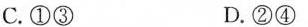
C.①③ D.②④